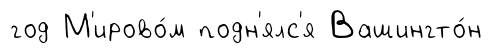
год М'ирово́м подн'ялс'я Вашингто́н